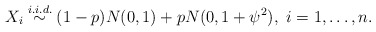
\begin{align*} X_i \stackrel{i. i. d.}{\sim} (1-p)N(0,1) + p N(0,1+\psi^2), \mbox{ $i=1,\dots,n$}. \end{align*}